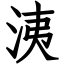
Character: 洟